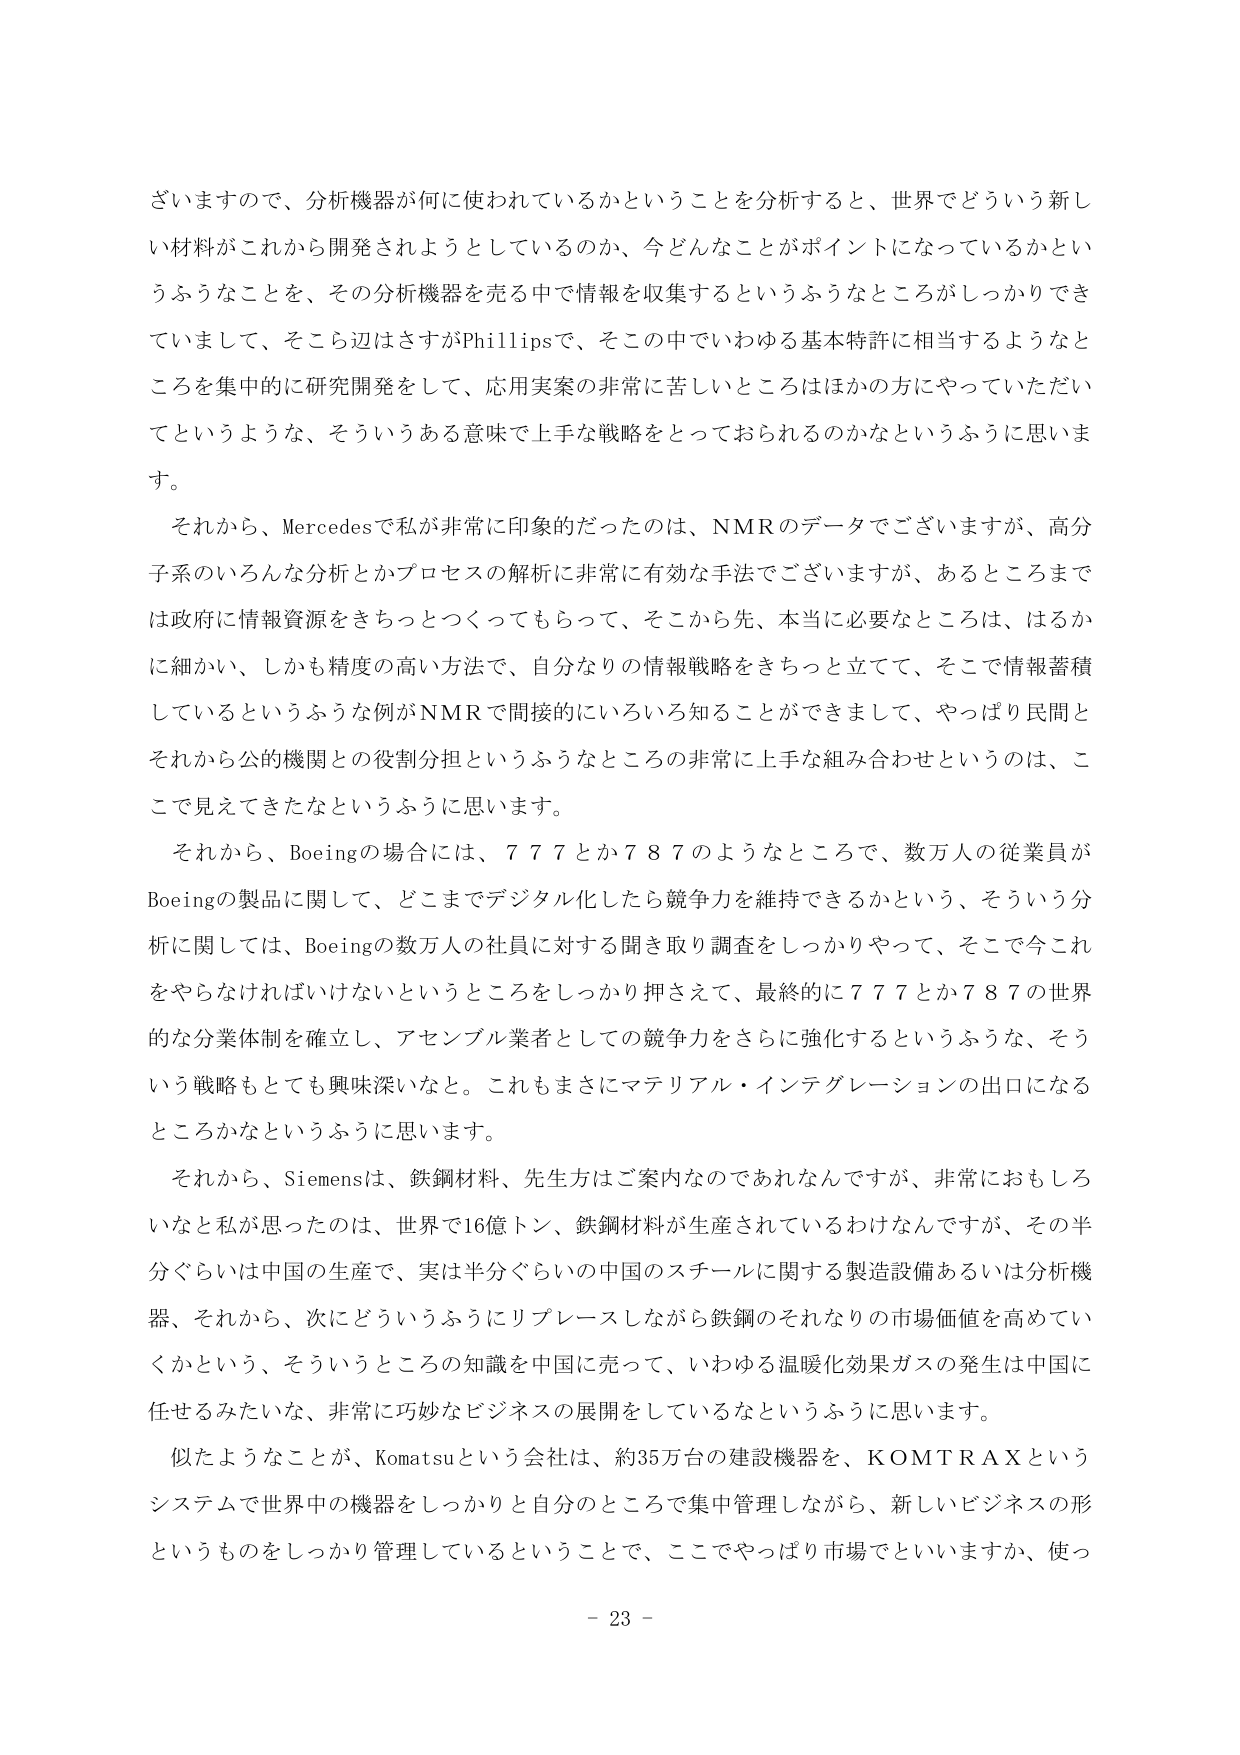
ざいますので、分析機器が何に使われているかということを分析すると、世界でどういう新しい材料がこれから開発されようとしているのか、今どんなことがポイントになっているかというふうなことを、その分析機器を売る中で情報を収集するというふうなところがしっかりできていますして、そこら辺はさすがPhillipsで、そこの中でいわゆる基本特許に相当するようなところを集中的に研究開発をして、応用実案の非常に苦しいところはほかの方にやっていただいてというような、そういうある意味で上手な戦略をとっておられるのかなというふうに思います。

それから、Mercedesで私が非常に印象的だったのは、NMRのデータでございますが、高分子系のいろんな分析とかプロセスの解析に非常に有効な手法でございますが、あるところまでは政府に情報資源をきちっとつくってもらって、そこから先、本当に必要なところは、はるかに細かい、しかも精度の高い方法で、自分なりの情報戦略をきちっと立てて、そこで情報蓄積しているというふうな例がNMRで間接的にいろいろ知ることができまして、やっぱり民間とそれから公的機関との役割分担というふうなところの非常に上手な組み合わせというのは、ここで見えてきたなというふうに思います。

それから、Boeingの場合には、777とか787のようなところで、数万人の従業員がBoeingの製品に関して、どこまでデジタル化したら競争力を維持できるかという、そういう分析に関しては、Boeingの数万人の社員に対する聞き取り調査をしっかりやって、そこで今これをやらなければいけないというところをしっかり押さえて、最終的に777とか787の世界的な分業体制を確立し、アセンブル業者としての競争力をさらに強化するというふうな、そういう戦略もとても興味深いなと。これもまさにマテリアル・インテグレーションの出口になるところかなというふうに思います。

それから、Siemensは、鉄鋼材料、先生方はご案内なのであんなんですが、非常におもしろいなと思ったのは、世界で16億トン、鉄鋼材料が生産されているわけなんですが、その半分ぐらいは中国の生産で、実は半分ぐらいの中国のスチールに関する製造設備あるいは分析機器、それから、次にどういうふうにリプレースしながら鉄鋼のそれなりの市場価値を高めていくかという、そういうところの知識を中国に売って、いわゆる温暖化効果ガスの発生は中国に任せるみたいな、非常に巧妙なビジネスの展開をしているなというふうに思います。

似たようなことが、Komatsuという会社は、約35万台の建設機器を、KOMTRAXというシステムで世界中の機器をしっかりと自分のところで集中管理しながら、新しいビジネスの形というものをしっかり管理しているということで、ここでやっぱり市場でといいますか、使っ

- 23 -